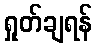
ရှုတ်ချရန်